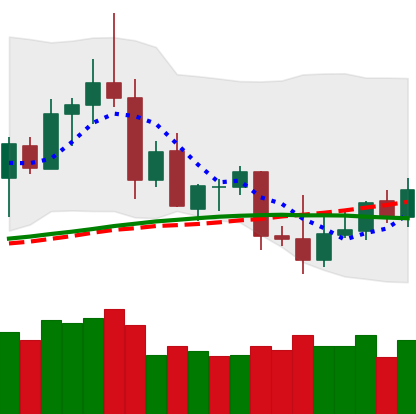
Ticker: ETC-USD
Chart end date: 2020-09-01
Forward return: -23.211%
Label: down_7plus